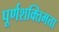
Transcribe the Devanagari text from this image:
पूर्णशक्तिमत्ता